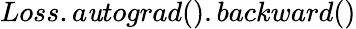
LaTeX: Loss.a\mathit{u}tograd().backward()